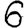
Digit: 6